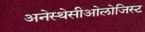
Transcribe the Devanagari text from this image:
अनेस्थेसीओलोजिस्ट